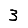
Digit: 3